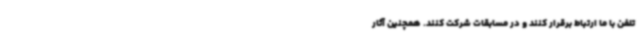
تلفن با ما ارتباط برقرار کنند و در مسابقات شرکت کنند. همچنین آثار